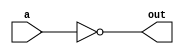
`timescale 1ns / 1ps
//////////////////////////////////////////////////////////////////////////////////
// Company: 
// Engineer: 
// 
// Design Name: 
// Module Name: not_str
// Project Name: 
// Target Devices: 
// Tool Versions: 
// Description: 
// 
// Dependencies: 
// 
// Revision:
// Revision 0.01 - File Created
// Additional Comments:
// 
//////////////////////////////////////////////////////////////////////////////////


module not_str(input a, output out);
    not not_a(out, a);

endmodule